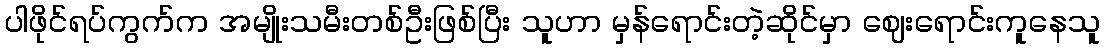
ပါဖိုင်ရပ်ကွက်က အမျိုးသမီးတစ်ဦးဖြစ်ပြီး သူဟာ မှန်ရောင်းတဲ့ဆိုင်မှာ ဈေးရောင်းကူနေသူ